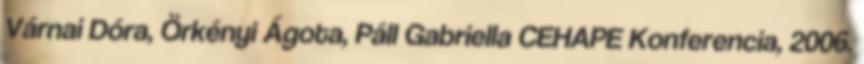
Várnai Dóra, Örkényi Ágota, Páll Gabriella CEHAPE Konferencia, 2006.